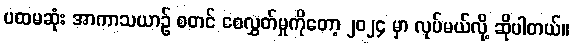
ပထမဆုံး အာကာသယာဉ် စတင် စေလွှတ်မှုကိုတော့ ၂၀၂၄ မှာ လုပ်မယ်လို့ ဆိုပါတယ်။